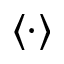
\langle \cdot \rangle